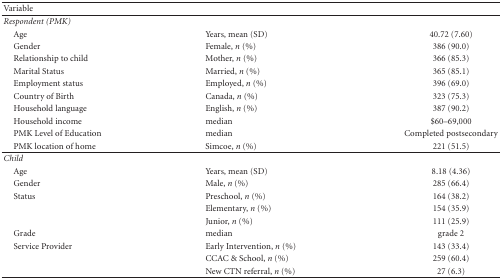
| Variable |  |  |
 | --- | --- | --- |
 | Respondent (PMK) |  |  |
 | Age | Years, mean (SD) | 40.72 (7.60) |
 | Gender | Female, n (%) | 386 (90.0) |
 | Relationship to child | Mother, n (%) | 366 (85.3) |
 | Marital Status | Married, n (%) | 365 (85.1) |
 | Employment status | Employed, n (%) | 396 (69.0) |
 | Country of Birth | Canada, n (%) | 323 (75.3) |
 | Household language | English, n (%) | 387 (90.2) |
 | Household income | median | $60–69,000 |
 | PMK Level of Education | median | Completed postsecondary |
 | PMK location of home | Simcoe, n (%) | 221 (51.5) |
 | Child |  |  |
 | Age | Years, mean (SD) | 8.18 (4.36) |
 | Gender | Male, n (%) | 285 (66.4) |
 | Status | Preschool, n (%) | 164 (38.2) |
 |  | Elementary, n (%) | 154 (35.9) |
 |  | Junior, n (%) | 111 (25.9) |
 | Grade | median | grade 2 |
 | Service Provider | Early Intervention, n (%) | 143 (33.4) |
 |  | CCAC & School, n (%) | 259 (60.4) |
 |  | New CTN referral, n (%) | 27 (6.3) |